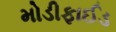
મોડીફાઈડ